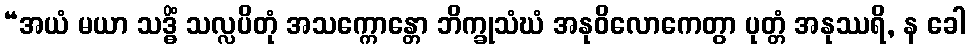
“အယံ မယာ သဒ္ဓိံ သလ္လပိတုံ အသက္ကောန္တော ဘိက္ခုသံဃံ အနုဝိလောကေတွာ ပုတ္တံ အနုဿရိ, န ခေါ